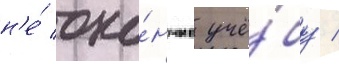
н'е́ око́нчив учё́бу /